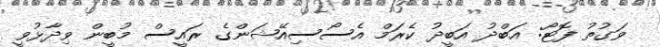
ވަގުތު ފޮޓޯ: އަބްދު އަބީދު ކެރަމް އެސޯސިއޭޝަންގެ ރައީސް މުބީން ވިދާޅުވީ